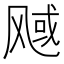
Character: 𬱿